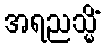
အရညသ္မိံ